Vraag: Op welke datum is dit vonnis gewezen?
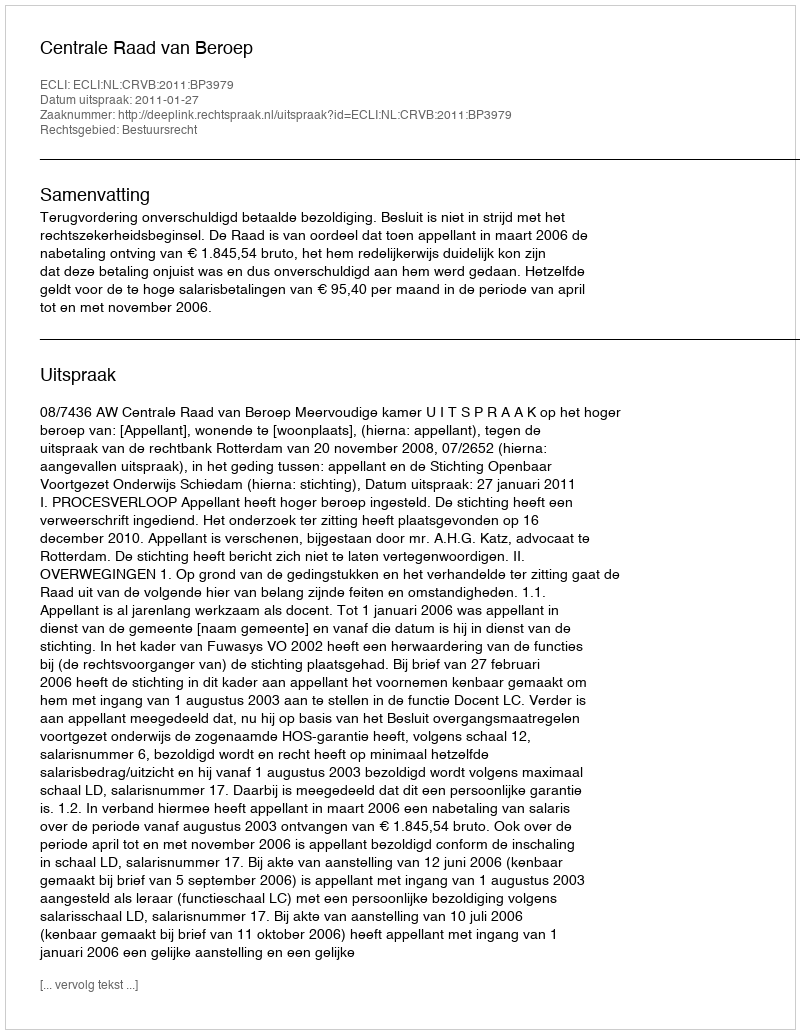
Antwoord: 2011-01-27